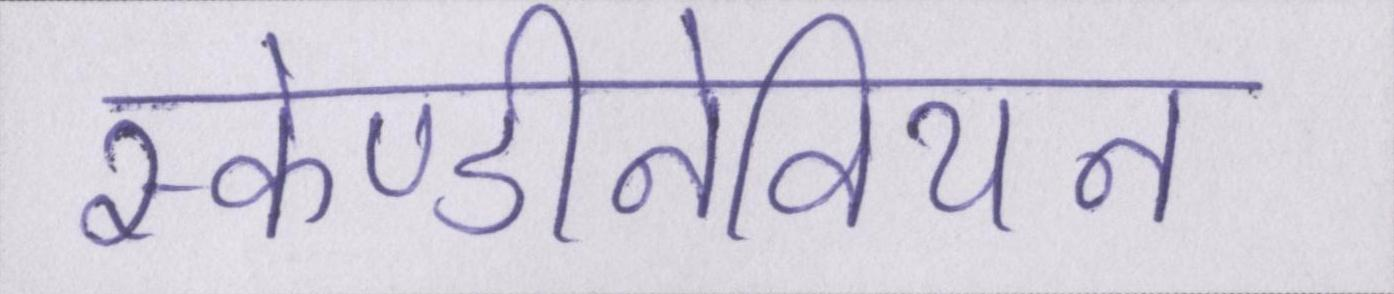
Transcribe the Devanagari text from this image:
स्केण्डीनेवियन